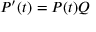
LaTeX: P ^ { \prime } ( t ) = P ( t ) Q